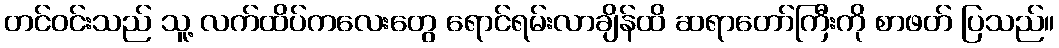
တင်ဝင်းသည် သူ့ လက်ထိပ်ကလေးတွေ ရောင်ရမ်းလာချိန်ထိ ဆရာတော်ကြီးကို စာဖတ် ပြသည်။